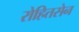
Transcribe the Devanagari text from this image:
रोहितसेन